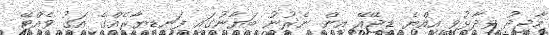
މާޖިދު ވިދާޅުވީ އިއްޔެ ޑީޖޭއޭ އިން ނެރުނު ބަޔާނުގައި ފަނޑިޔާރެއްގެ އަގު ވެއްޓޭ